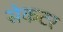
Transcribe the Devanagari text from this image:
सेकटर